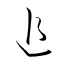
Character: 追